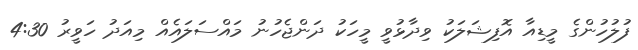
ފުލުހުންގެ މީޑިއާ އޮފިޝަލަކު ވިދާޅުވީ މީހަކު ދަންޖެހުނު މައްސަލައެއް މިއަދު ހަވީރު 4:30